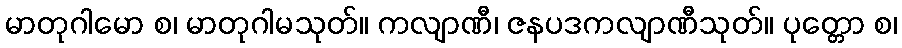
မာတုဂါမော စ၊ မာတုဂါမသုတ်။ ကလျာဏီ၊ ဇနပဒကလျာဏီသုတ်။ ပုတ္တော စ၊